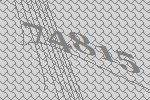
74815